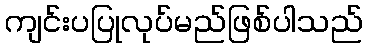
ကျင်းပပြုလုပ်မည်ဖြစ်ပါသည်